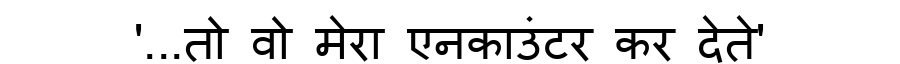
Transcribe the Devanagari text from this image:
'...तो वो मेरा एनकाउंटर कर देते'